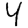
Digit: 4